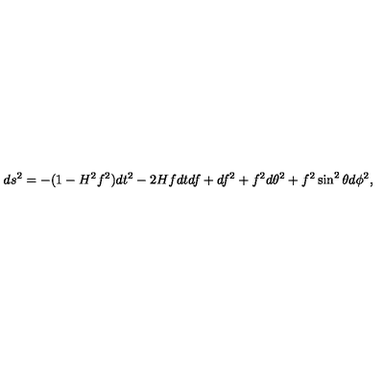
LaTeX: d s ^ { 2 } = - ( 1 - H ^ { 2 } f ^ { 2 } ) d t ^ { 2 } - 2 H f d t d f + d f ^ { 2 } + f ^ { 2 } d \theta ^ { 2 } + f ^ { 2 } \sin ^ { 2 } \theta d \phi ^ { 2 } ,